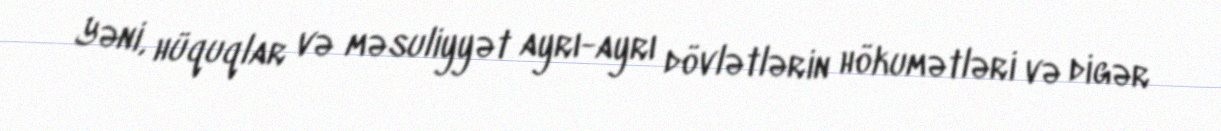
Yəni, hüquqlar və məsuliyyət ayrı-ayrı dövlətlərin hökumətləri və digər